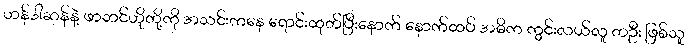
ဟန်ဒါဆန်နဲ့ ဖာဘင်ဟိုတို့ကို အသင်းကနေ ရောင်းထုတ်ပြီးနောက် နောက်ထပ် အဓိက ကွင်းလယ်လူ တဦး ဖြစ်သူ